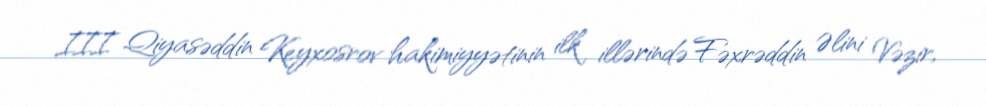
III Qiyasəddin Keyxosrov hakimiyyətinin ilk illərində Fəxrəddin Əlini Vəzir,